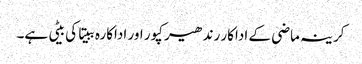
کرینہ ماضی کے اداکار رندھیر کپور اور اداکارہ ببیتا کی بیٹی ہے۔